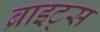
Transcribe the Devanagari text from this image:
ब्राइट्स